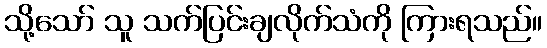
သို့သော် သူ သက်ပြင်းချလိုက်သံကို ကြားရသည်။